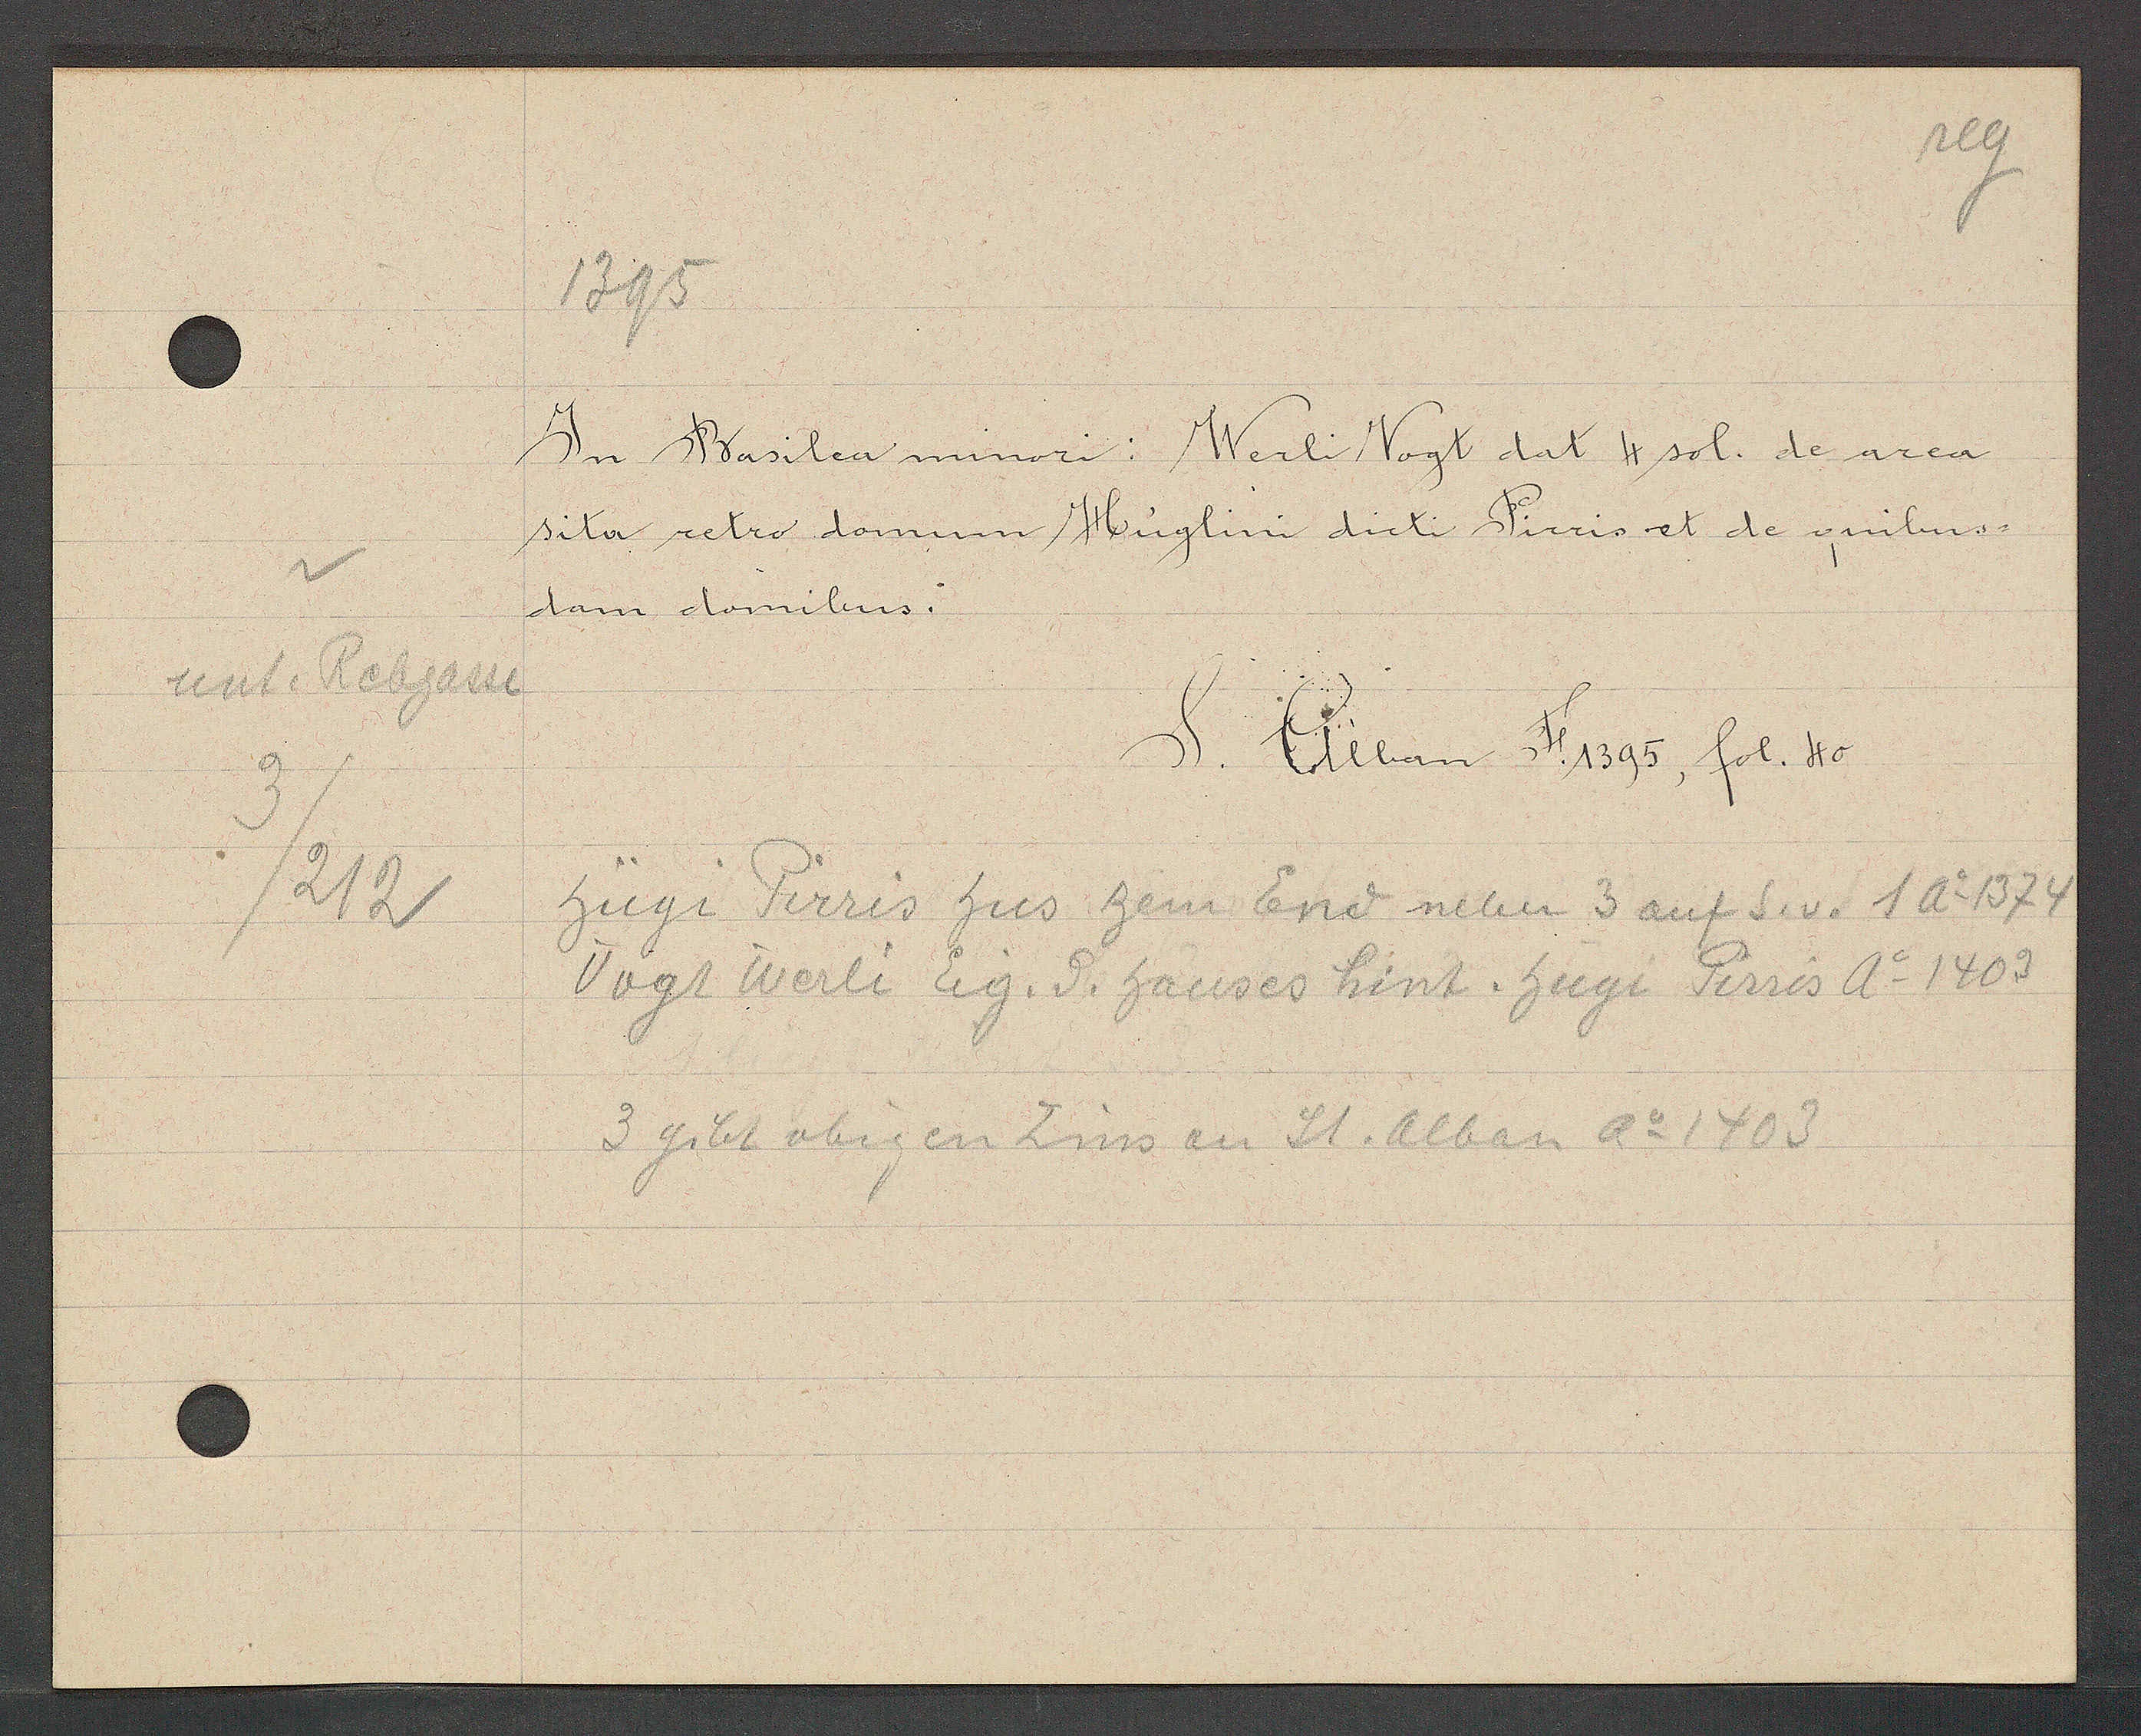
Transcript:
unt. Rebgasse
212

1395

In Basilea minori. Werli Vogt dat 4 sol. de area
sita retro domum Huglini dicti Pirris et de quibus-
dam domibus.

S. Alban H. 1395, fol. 40

Hügi Pirris hus zem End neben 3 auf S. v. 1 Ao 1374
Vogt Werli Eg. d. hauses hint. hugi Pirris Ao 1403
3 gibt obigen Zins an St. Alban Ao 1403